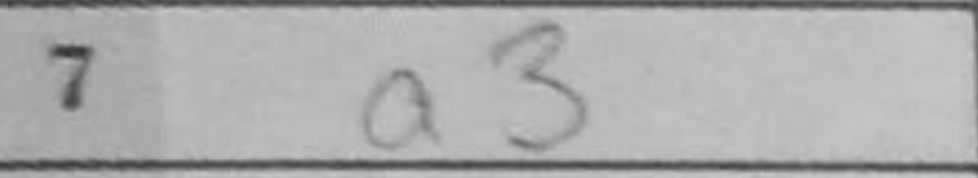
Transcription: a3